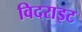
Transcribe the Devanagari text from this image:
विदराइट